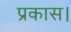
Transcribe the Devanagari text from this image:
प्रकास।